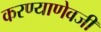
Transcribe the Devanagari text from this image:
करण्याणेवजी